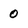
Character: 0